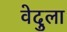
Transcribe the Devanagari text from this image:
वेदुला